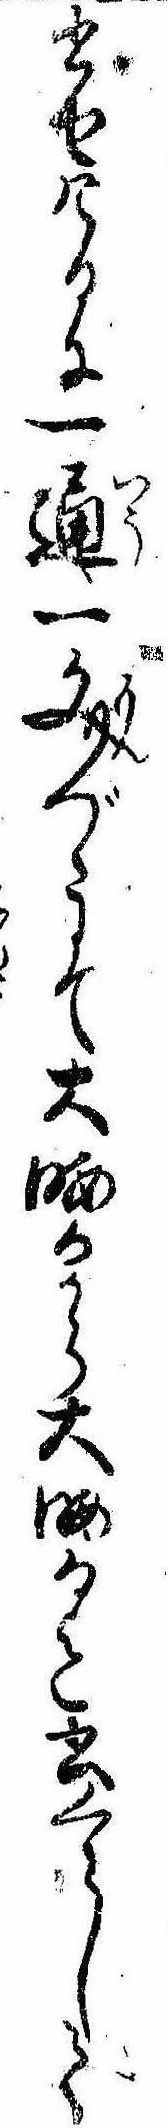
書せけるに一通一文づゝにて大晦日から大晦日迄書くらして